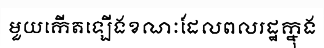
មួយកើតឡើងខណៈដែលពលរដ្ឋក្នុង